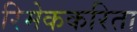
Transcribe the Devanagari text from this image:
रिमेककरिता